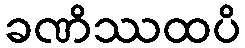
ခဏိဿထပိ